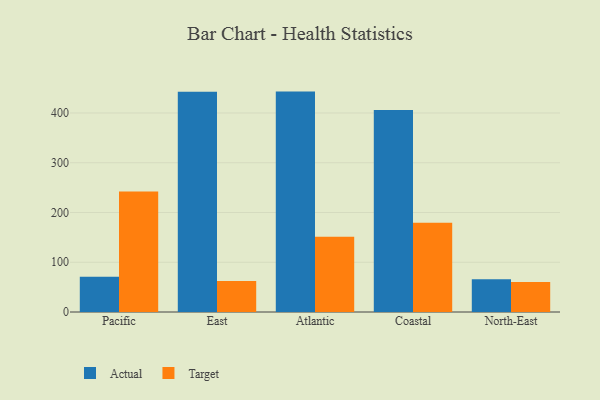
{"axis": {"x": "Region", "y": "Revenue (USD Million)"}, "legend": ["Actual", "Target"], "data": [{"x": "Pacific", "y": 71.0, "type": "Actual"}, {"x": "Pacific", "y": 242.4, "type": "Target"}, {"x": "East", "y": 442.6, "type": "Actual"}, {"x": "East", "y": 62.1, "type": "Target"}, {"x": "Atlantic", "y": 443.0, "type": "Actual"}, {"x": "Atlantic", "y": 151.3, "type": "Target"}, {"x": "Coastal", "y": 405.9, "type": "Actual"}, {"x": "Coastal", "y": 179.6, "type": "Target"}, {"x": "North-East", "y": 65.7, "type": "Actual"}, {"x": "North-East", "y": 60.3, "type": "Target"}]}